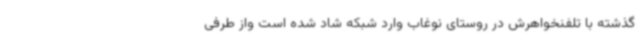
گذشته با تلفنخواهرش در روستای نوغاب وارد شبکه شاد ‌شده است واز طرفی